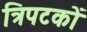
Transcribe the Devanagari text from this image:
त्रिपटकों